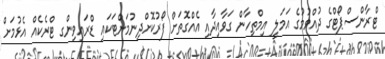
ޓްރާންސްޕޯޓްގެ ދުއްވުމުގެ އަމަލީ އިމްތިހާން ގަވާއިދާއި އެއްގޮތަށް ފޯރުކޮށްދިނުމަށްޓަކައި ޑްރައިވިންގ ޓްރެކެއް އެޅުމަށް